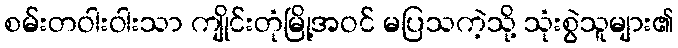
စမ်းတဝါးဝါးသာ ကျိုင်းတုံမြို့အဝင် မပြသကဲ့သို့ သုံးစွဲသူများ၏